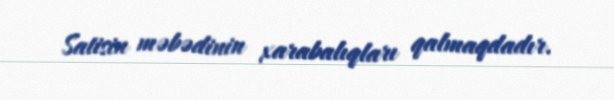
Satisin məbədinin xarabalıqları qalmaqdadır.